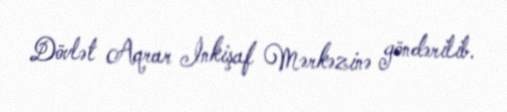
Dövlət Aqrar İnkişaf Mərkəzinə göndərilib.